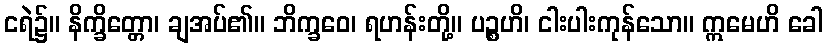
ငရဲ၌။ နိက္ခိတ္တော၊ ချအပ်၏။ ဘိက္ခဝေ၊ ရဟန်းတို့။ ပဉ္စဟိ၊ ငါးပါးကုန်သော။ ဣမေဟိ ခေါ